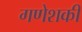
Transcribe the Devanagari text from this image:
गणेशकी